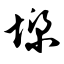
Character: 墚